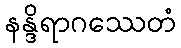
နန္ဒိရာဂဿေတံ